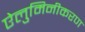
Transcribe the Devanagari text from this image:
ऐलुमिनीकरण